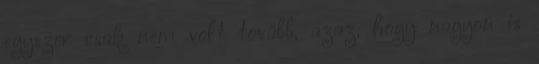
egyszer csak nem volt tovább, azaz, hogy nagyon is